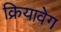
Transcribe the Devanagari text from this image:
क्रियावेग